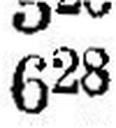
628